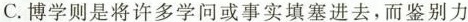
C.博学则是将许多学问或事实填塞进去，而鉴别力